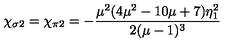
\chi _ { \sigma 2 } = \chi _ { \pi 2 } = - \frac { \mu ^ { 2 } ( 4 \mu ^ { 2 } - 1 0 \mu + 7 ) \eta _ { 1 } ^ { 2 } } { 2 ( \mu - 1 ) ^ { 3 } }